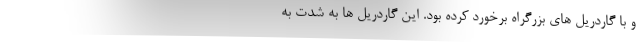
و با گاردریل های بزرگراه برخورد کرده بود. این گاردریل ها به شدت به